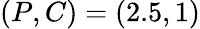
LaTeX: (P,C)=(2.5,1)